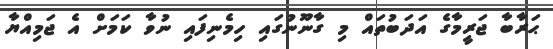
ޙަރާބާ ޖަރީމާގެ އަދަބުތައް މި ގާނޫނުގައި ހިމެނިފައި ނުވާ ކަމަށް އެ ޖަމިއްޔާ